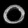
Digit: ၀